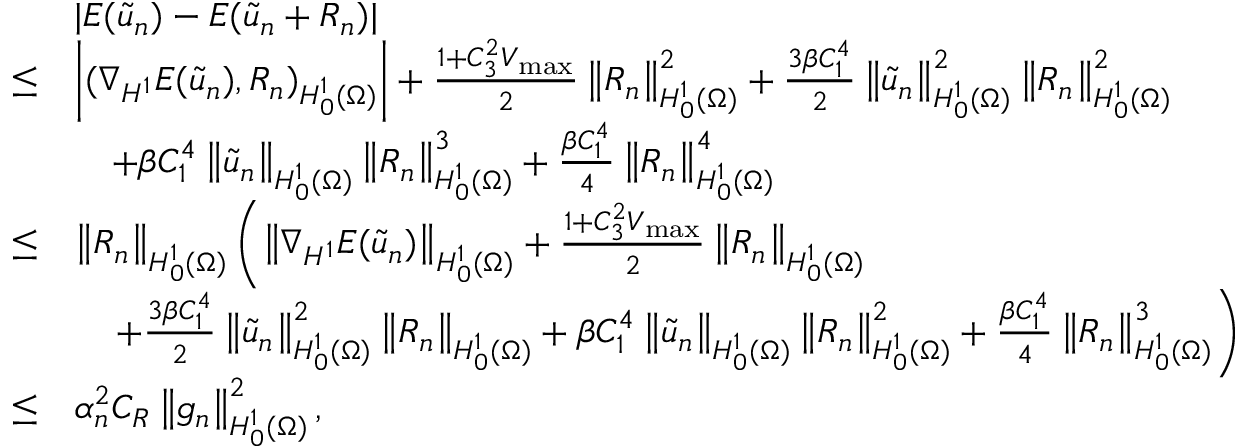
\begin{array} { r l } & { | E ( \Tilde { u } _ { n } ) - E ( \Tilde { u } _ { n } + R _ { n } ) | } \\ { \leq } & { \left| ( \nabla _ { H ^ { 1 } } E ( \Tilde { u } _ { n } ) , R _ { n } ) _ { H _ { 0 } ^ { 1 } ( \Omega ) } \right| + \frac { 1 + C _ { 3 } ^ { 2 } V _ { \operatorname* { m a x } } } { 2 } \left\Vert R _ { n } \right\Vert _ { H _ { 0 } ^ { 1 } ( \Omega ) } ^ { 2 } + \frac { 3 \beta C _ { 1 } ^ { 4 } } { 2 } \left\Vert \Tilde { u } _ { n } \right\Vert _ { H _ { 0 } ^ { 1 } ( \Omega ) } ^ { 2 } \left\Vert R _ { n } \right\Vert _ { H _ { 0 } ^ { 1 } ( \Omega ) } ^ { 2 } } \\ & { \quad + \beta C _ { 1 } ^ { 4 } \left\Vert \Tilde { u } _ { n } \right\Vert _ { H _ { 0 } ^ { 1 } ( \Omega ) } \left\Vert R _ { n } \right\Vert _ { H _ { 0 } ^ { 1 } ( \Omega ) } ^ { 3 } + \frac { \beta C _ { 1 } ^ { 4 } } { 4 } \left\Vert R _ { n } \right\Vert _ { H _ { 0 } ^ { 1 } ( \Omega ) } ^ { 4 } } \\ { \leq } & { \left\Vert R _ { n } \right\Vert _ { H _ { 0 } ^ { 1 } ( \Omega ) } \left( \left\Vert \nabla _ { H ^ { 1 } } E ( \Tilde { u } _ { n } ) \right\Vert _ { H _ { 0 } ^ { 1 } ( \Omega ) } + \frac { 1 + C _ { 3 } ^ { 2 } V _ { \operatorname* { m a x } } } { 2 } \left\Vert R _ { n } \right\Vert _ { H _ { 0 } ^ { 1 } ( \Omega ) } \right. } \\ & { \quad \left. + \frac { 3 \beta C _ { 1 } ^ { 4 } } { 2 } \left\Vert \Tilde { u } _ { n } \right\Vert _ { H _ { 0 } ^ { 1 } ( \Omega ) } ^ { 2 } \left\Vert R _ { n } \right\Vert _ { H _ { 0 } ^ { 1 } ( \Omega ) } + \beta C _ { 1 } ^ { 4 } \left\Vert \Tilde { u } _ { n } \right\Vert _ { H _ { 0 } ^ { 1 } ( \Omega ) } \left\Vert R _ { n } \right\Vert _ { H _ { 0 } ^ { 1 } ( \Omega ) } ^ { 2 } + \frac { \beta C _ { 1 } ^ { 4 } } { 4 } \left\Vert R _ { n } \right\Vert _ { H _ { 0 } ^ { 1 } ( \Omega ) } ^ { 3 } \right) } \\ { \leq } & { \alpha _ { n } ^ { 2 } C _ { R } \left\Vert g _ { n } \right\Vert _ { H _ { 0 } ^ { 1 } ( \Omega ) } ^ { 2 } , } \end{array}